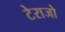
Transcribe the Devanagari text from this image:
टेराजो